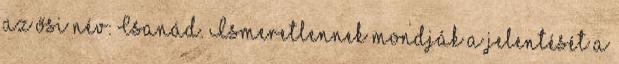
az ősi név: Csanád. Ismeretlennek mondják a jelentését a